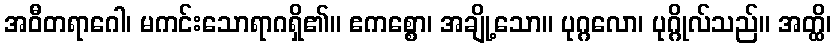
အဝီတရာဂေါ၊ မကင်းသောရာဂရှိ၏။ ဧကစ္စော၊ အချို့သော။ ပုဂ္ဂလော၊ ပုဂ္ဂိုလ်သည်။ အတ္ထိ၊